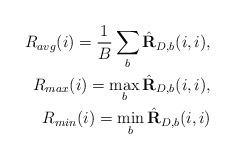
LaTeX: \begin{align*} R_{avg}(i) = \frac{1}{B}\sum_{b} \hat{\mathbf{R}}_{D,b}(i,i),\\ R_{max}(i) = \max_b \hat{\mathbf{R}}_{D,b}(i,i),\\ R_{min}(i) = \min_b \hat{\mathbf{R}}_{D,b}(i,i)\end{align*}